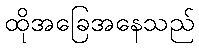
ထိုအခြေအနေသည်